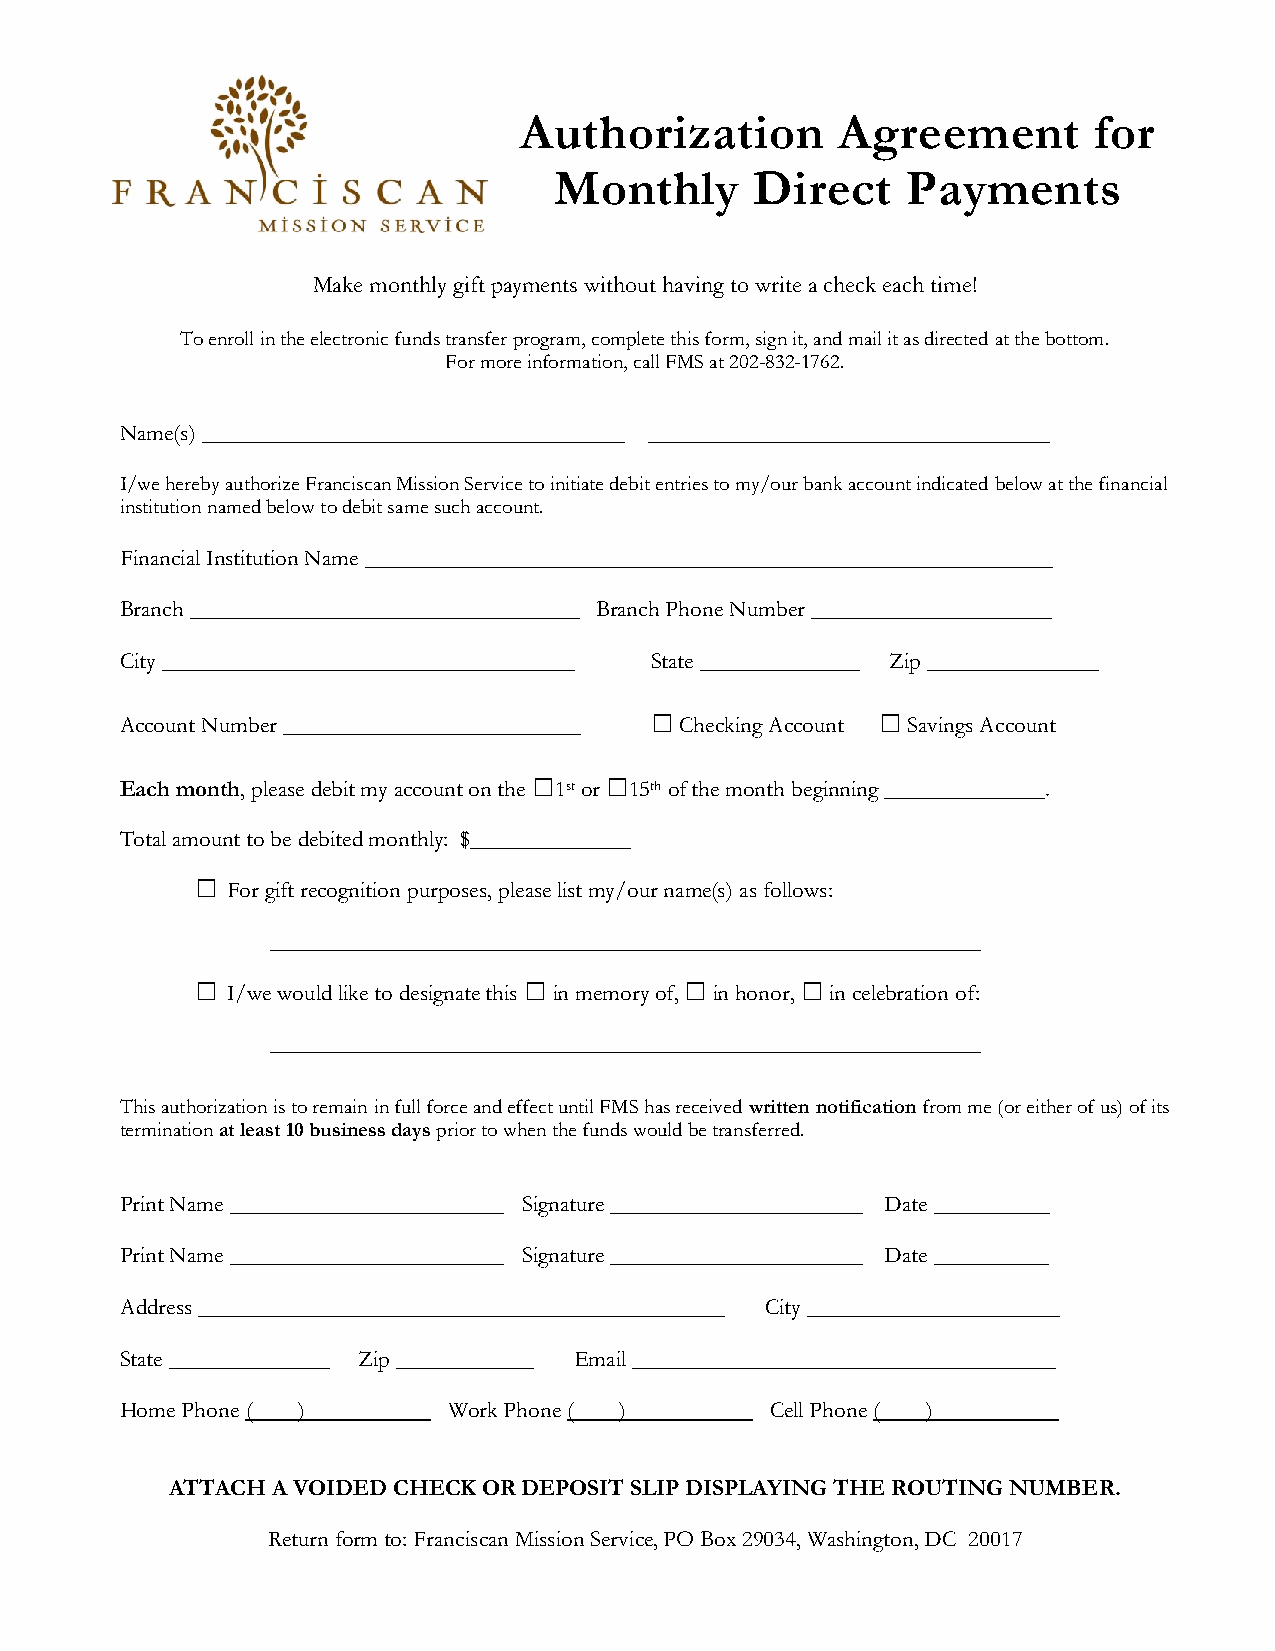
Authorization         Agreement       for
 Monthly      Direct    Payments
 Make monthly gift payments without having to write a check each time!
 To enroll in the electronic funds transfer program, complete this form, sign it, and mail it as directed at the bottom.
 For more information, call FMS at 202-832-1762.
 Name(s) _____________________________________ ___________________________________
 I/we hereby authorize Franciscan Mission Service to initiate debit entries to my/our bank account indicated below at the financial
 institution named below to debit same such account.
 Financial Institution Name ____________________________________________________________
 Branch __________________________________ Branch Phone Number _____________________
 City ____________________________________ State ______________ Zip _______________
 □              □
 Account Number __________________________ Checking Account Savings Account
 □    □
 Each month, please debit my account on the 1st or 15th of the month beginning ______________.
 Total amount to be debited monthly: $______________
 □
 For gift recognition purposes, please list my/our name(s) as follows:
 ______________________________________________________________
 □                     □         □       □
 I/we would like to designate this in memory of, in honor, in celebration of:
 ______________________________________________________________
 This authorization is to remain in full force and effect until FMS has received written notification from me (or either of us) of its
 termination at least 10 business days prior to when the funds would be transferred.
 Print Name ________________________ Signature ______________________ Date __________
 Print Name ________________________ Signature ______________________ Date __________
 Address ______________________________________________ City ______________________
 State ______________ Zip ____________ Email _____________________________________
 Home Phone ( )___________ Work Phone ( )___________ Cell Phone ( )___________
 ATTACH A VOIDED CHECK OR DEPOSIT SLIP DISPLAYING THE ROUTING NUMBER.
 Return form to: Franciscan Mission Service, PO Box 29034, Washington, DC 20017